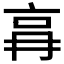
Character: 𠱗